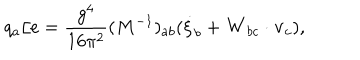
q _ { a } / e = \frac { g ^ { 4 } } { 1 6 \pi ^ { 2 } } ( M ^ { - 1 } ) _ { a b } ( \dot { \xi } _ { b } + { \bf W } _ { b c } \cdot { \bf v } _ { c } ) ,